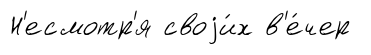
Н'есмотр'я своjи́х в'е́чер